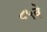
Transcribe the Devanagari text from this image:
८५वे